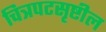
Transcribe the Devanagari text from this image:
चित्रपटसृष्टील